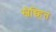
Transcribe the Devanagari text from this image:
स्वैच्च्हित